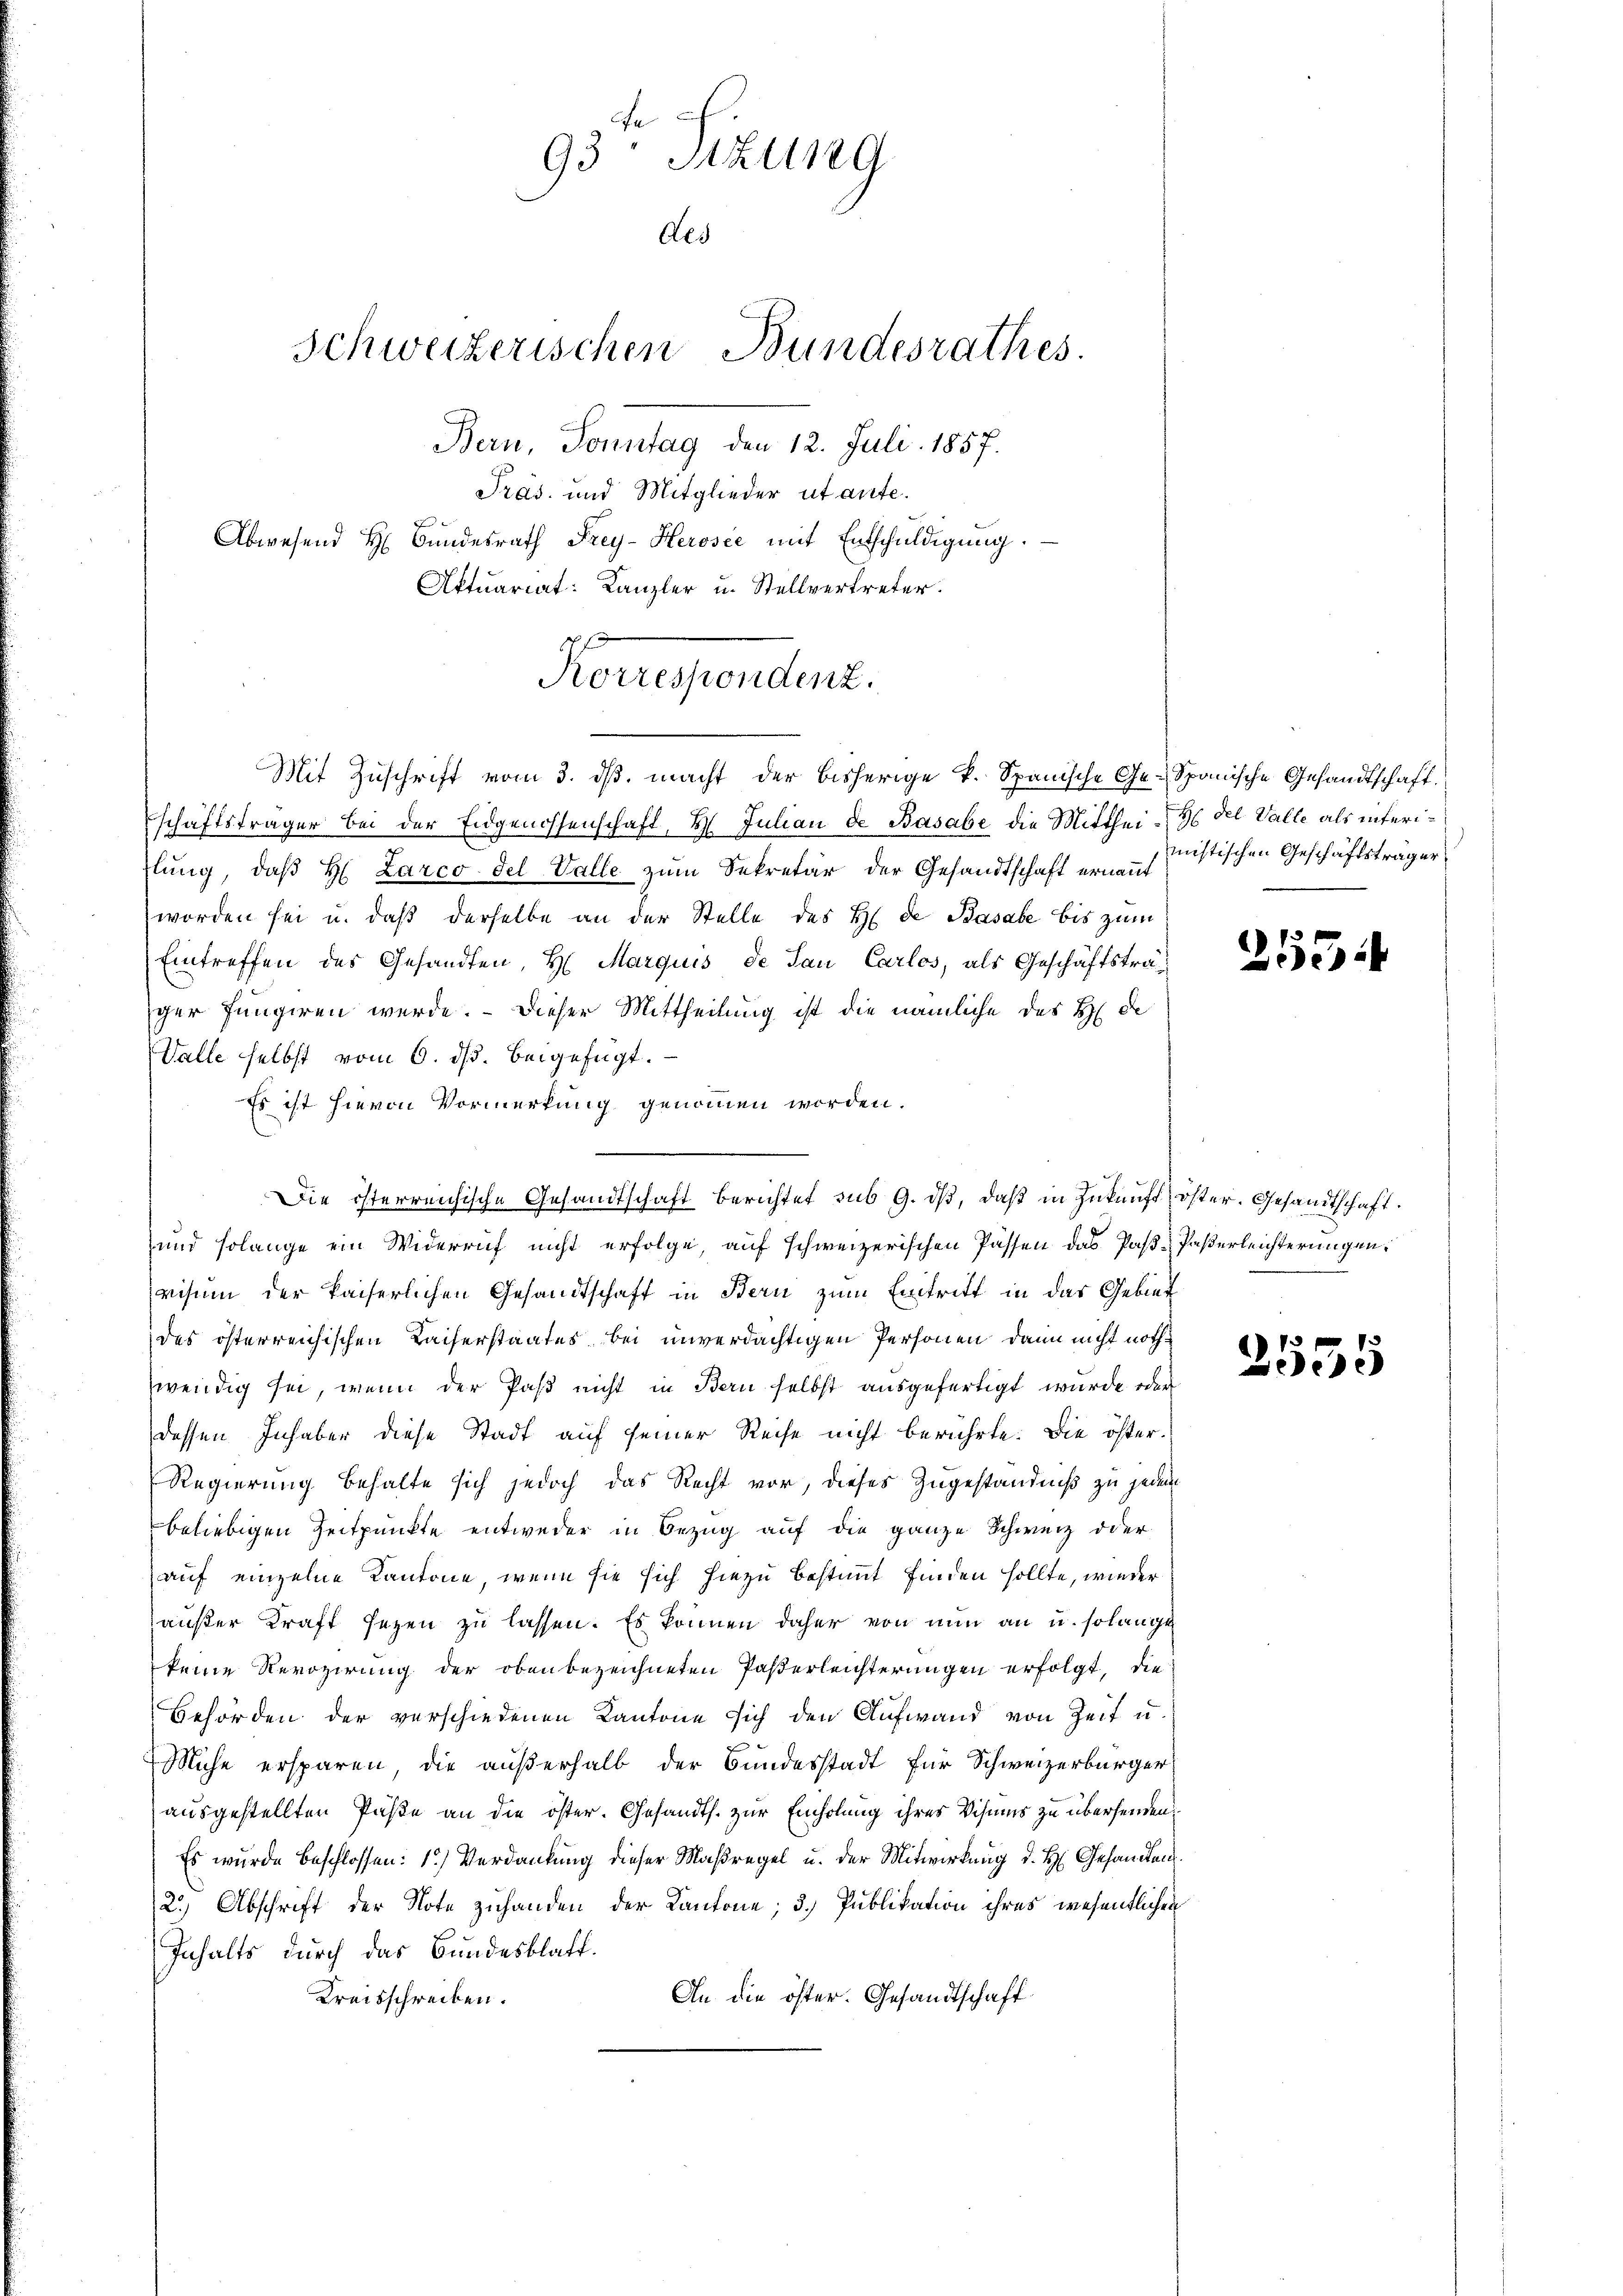
93 Sizung
Als
Schweizerischen Bundesrathes.
Bern, Sonntag den 12. Juli 1857.

Forrestendent.
Mit Zuschrift vom 3. ds. macht der bisherige k. Spanische Ge-Spanische Gesandtschaft.

Pras. und Mitglieder utante.
Abwesend H. Bŭndesrath Frey-Herosee mit Entschŭldigŭng.
Aktuariat: Kanzler u. Stellvertreter.

schaftsträger bei der Eidgenossenschaft, H. Julian de Basabe die Mitthei-Ho del Valle als interiflung, daß H. Larco del Valle zum Sekretär der Gesandtschaft ernannt
worden sei u. daß derselbe an der Stelle des H. de Basale bis zum
Eintreffen des Gesandten, H. Marquis de San Carlos, als Geschäftsträger fungiren werde. - Dieser Mittheilung ist die nämliche des H. De
Valle selbst vom 6. ds. beigefügt.
Es ist hievon Vormerkung genommen worden.
Die österreichische Gesandtschaft berichtet sub 9. ds, daß in Zukunft öster. Gesandtschaft.
und solange ein Widerruf nicht erfolge, auf schweizerischen Passen das Paß-Paßerleichterungen,
visum der kaiserlichen Gesandtschaft in Bern zum Eintritt in das Gebiet
des österreichischen Kaiserstaates bei unverdächtigen Personen, dann nicht nothwendig sei, wenn der Paß nicht in Bern selbst ausgefertigt wurde oder
dessen Inhaber diese Stadt auf seiner Reise nicht berührte. Die öster¬
Regierung behalte sich jedoch das Recht vor, dieses Zugeständniß zu jedem
beliebigen Zeitpunkte entweder in Bezug auf die ganze Schweiz oder
(auf einzelne Kantone, wenn sie sich hiezu bestimmt finden sollte, wieder
außer Kraft sezen zu lassen. Es können daher von nun an u. solange
keine Revozirung der oben bezeichneten Paßerleichterungen erfolgt, die
Behörden der verschiedenen Kantone sich den Aufwand von Zeit u.
Miche ersparen, die außerhalb der Bundesstadt für Schweizerbürger
ausgestellten Päße an die öster. Gesandts. zur Einholung ihres Visums zu übersenden,
Es wurde beschlossen: 1.) Verdankung dieser Maßregel u. der Mitwirkung d. H. Gesandten
2.) Abschrift der Note zuhanden der Kantone; 3. Publikation ihres wesentlichen
Inhalts durch das Bundesblatt.
Kreisschreiben.
An die öster. Gesandtschaft

mistischen Geschäftsträger

2554

2555